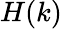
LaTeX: H(k)